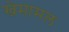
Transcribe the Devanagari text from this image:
खेमामल